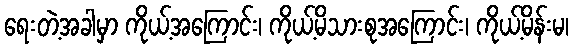
ရေးတဲ့အခါမှာ ကိုယ့်အကြောင်း၊ ကိုယ့်မိသားစုအကြောင်း၊ ကိုယ့်မိန်းမ၊